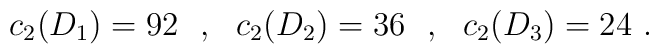
c_2 (D_1) =  92 ~~,~~ c_2 (D_2) =  36 ~~,~~ c_2 (D_3) =  24  ~.